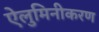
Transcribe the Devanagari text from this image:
ऐलुमिनीकरण